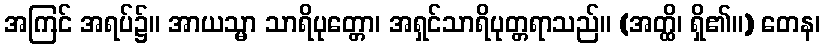
အကြင် အရပ်၌။ အာယသ္မာ သာရိပုတ္တော၊ အရှင်သာရိပုတ္တရာသည်။ (အတ္ထိ၊ ရှိ၏။) တေန၊